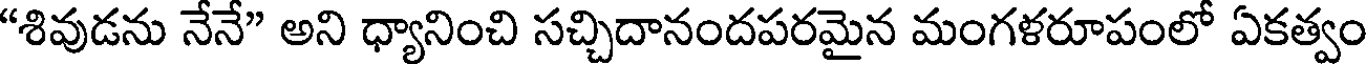
"శివుడను నేనే" అని ధ్యానించి సచ్చిదానందపరమైన మంగళరూపంలో ఏకత్వం